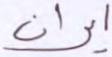
ايران